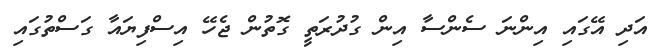
އަދި އޭގައި އިންނަ ސެންސާ އިން ގުދުރަތީ ގޮތުން ޖެހޭ އިސްފިޔައާ ގަސްތުގައި